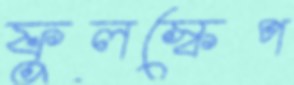
ফুলস্কেপ